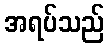
အရပ်သည်